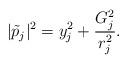
LaTeX: \begin{align*}|\tilde p_j|^2 = y_j^2+ \frac{G_j^2}{r_j^2}.\end{align*}